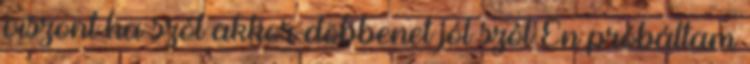
viszont ha szól akkor döbbenet jól szól Én próbáltam